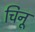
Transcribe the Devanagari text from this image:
चिनू